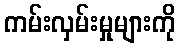
ကမ်းလှမ်းမှုများကို